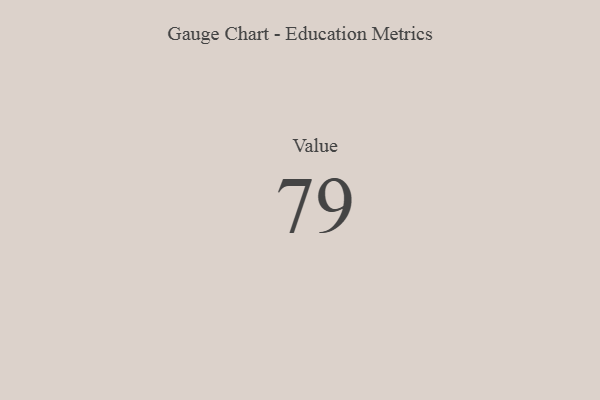
{"axis": {"x": "Metric", "y": "Value"}, "legend": [""], "data": [{"x": "Value", "y": 79, "type": ""}]}